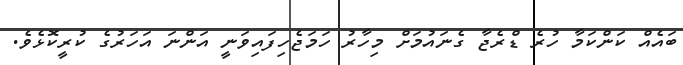
ބައެއް ކަންކަމާ ހުރެ ޑްރެޖާ ގެނައުމަށް މިހާރު ހަމަޖެހިފައިވަނީ އަންނަ އަހަރުގެ ކުރީކޮޅެވެ.